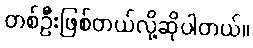
တစ်ဦးဖြစ်တယ်လို့ဆိုပါတယ်။